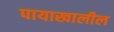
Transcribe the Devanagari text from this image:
पायाखालील